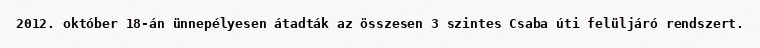
2012. október 18-án ünnepélyesen átadták az összesen 3 szintes Csaba úti felüljáró rendszert.